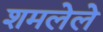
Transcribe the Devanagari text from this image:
शमलेले